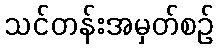
သင်တန်းအမှတ်စဉ်